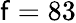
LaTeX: \mathsf{f}=83